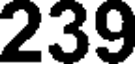
239